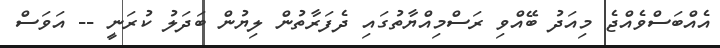
އެއްބަސްވެއްޖެ މިއަދު ބޭއްވި ރަސްމިއްޔާތުގައި ދެފަރާތުން ލިޔުން ބަދަލު ކުރަނީ -- އަވަސް